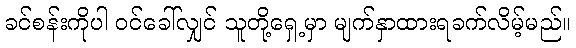
ခင်စန်းကိုပါ ဝင်ခေါ်လျှင် သူတို့ရှေ့မှာ မျက်နှာထားရခက်လိမ့်မည်။